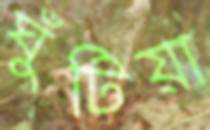
ঘুঁটিয়া